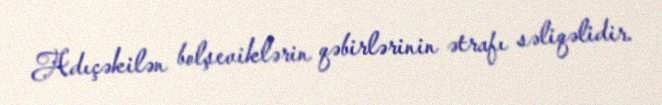
Adıçəkilən bolşeviklərin qəbirlərinin ətrafı səliqəlidir.